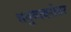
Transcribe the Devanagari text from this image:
धनुष्यबरोबर